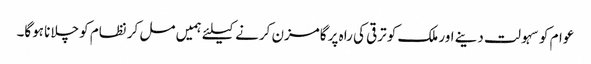
عوام کو سہولت دینے اور ملک کو ترقی کی راہ پر گامزن کرنے کیلئے ہمیں مل کر نظام کو چلانا ہوگا۔